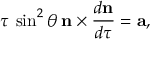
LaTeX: \tau \: \sin ^ { 2 } \theta \: { \bf n } \times \frac { d { \bf n } } { d \tau } = { \bf a } ,